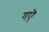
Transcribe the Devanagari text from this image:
गऎ